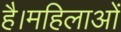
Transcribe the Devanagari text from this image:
है।महिलाओं